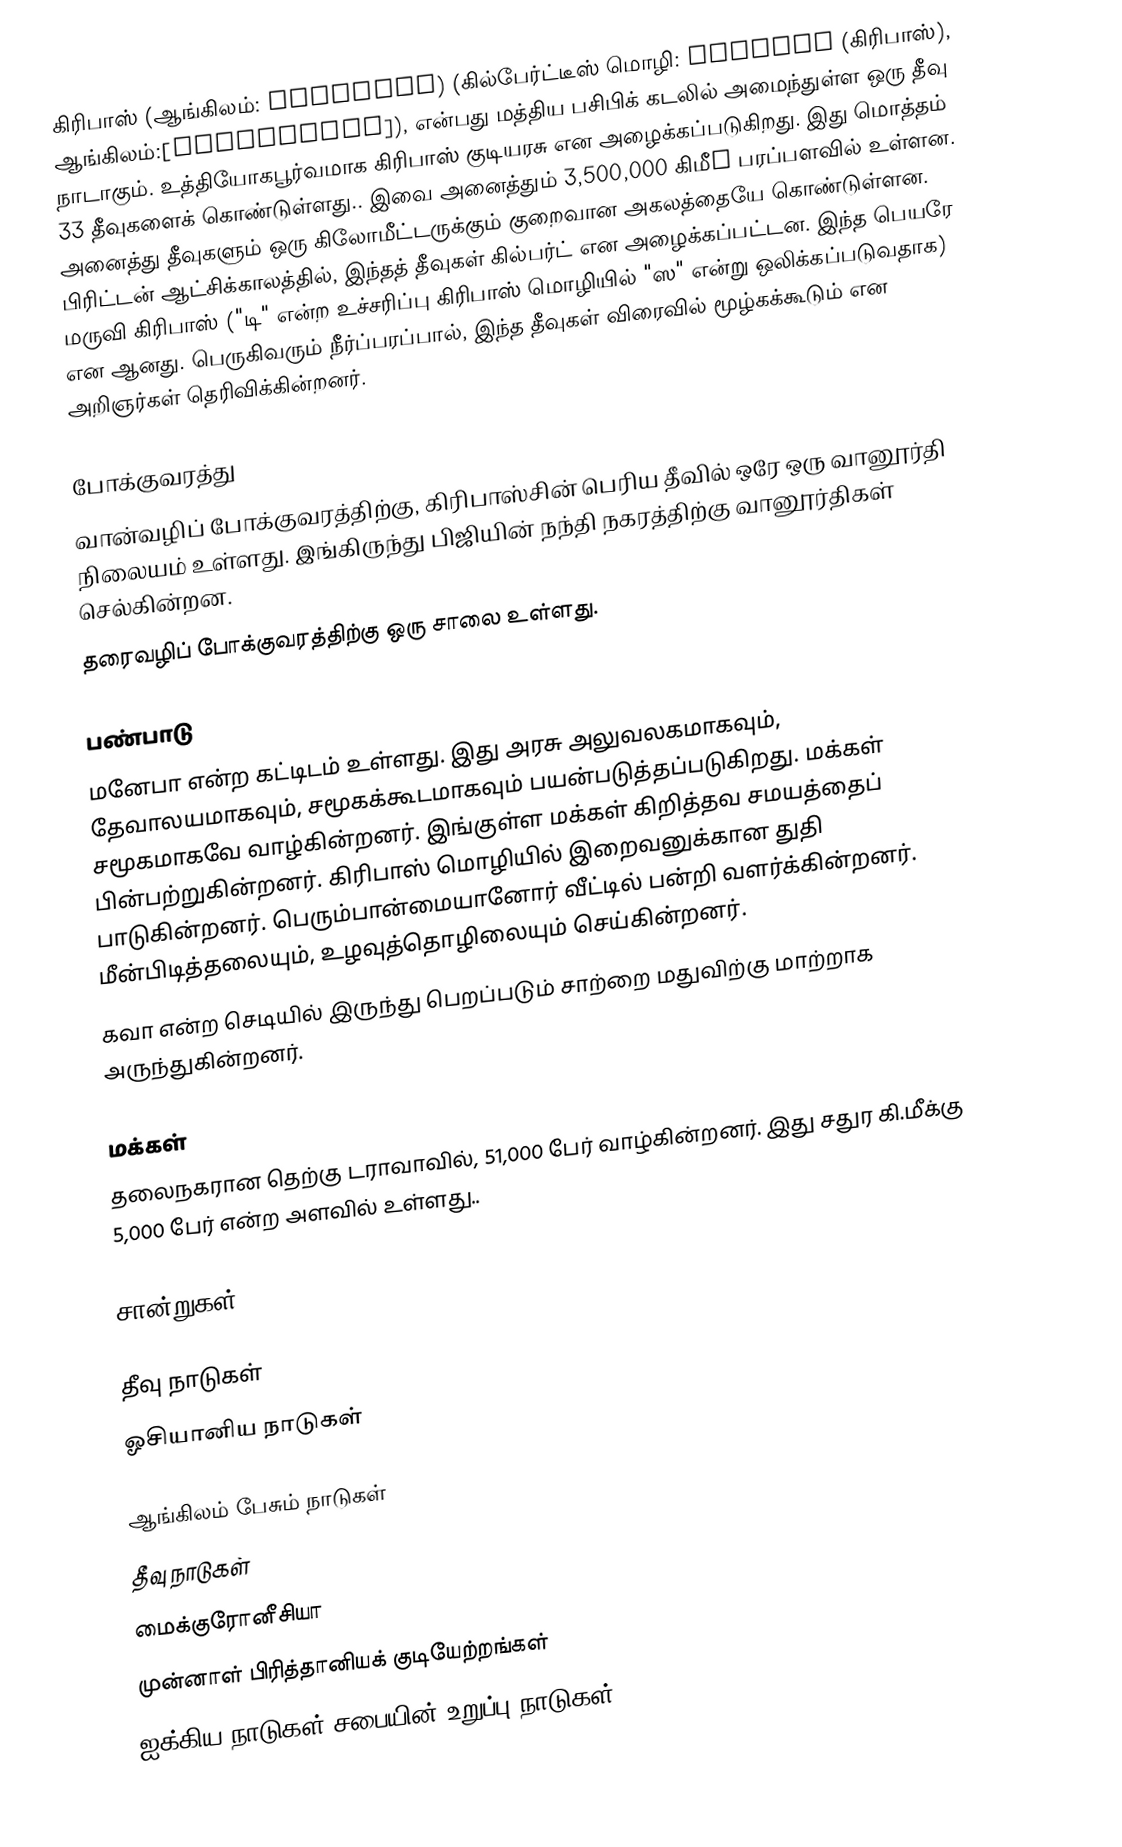
கிரிபாஸ் (ஆங்கிலம்: Kiribati) (கில்பேர்ட்டீஸ் மொழி: kiribas (கிரிபாஸ்), ஆங்கிலம்:[ˌkɪrəˈbɑti]), என்பது மத்திய பசிபிக் கடலில் அமைந்துள்ள ஒரு தீவு நாடாகும். உத்தியோகபூர்வமாக கிரிபாஸ் குடியரசு என அழைக்கப்படுகிறது. இது மொத்தம் 33 தீவுகளைக் கொண்டுள்ளது.. இவை அனைத்தும் 3,500,000 கிமீ² பரப்பளவில் உள்ளன. அனைத்து தீவுகளும் ஒரு கிலோமீட்டருக்கும் குறைவான அகலத்தையே கொண்டுள்ளன. பிரிட்டன் ஆட்சிக்காலத்தில், இந்தத் தீவுகள் கில்பர்ட் என அழைக்கப்பட்டன. இந்த பெயரே மருவி கிரிபாஸ் ("டி" என்ற உச்சரிப்பு கிரிபாஸ் மொழியில் "ஸ" என்று ஒலிக்கப்படுவதாக) என ஆனது. பெருகிவரும் நீர்ப்பரப்பால், இந்த தீவுகள் விரைவில் மூழ்கக்கூடும் என அறிஞர்கள் தெரிவிக்கின்றனர்.

போக்குவரத்து
வான்வழிப் போக்குவரத்திற்கு, கிரிபாஸ்சின் பெரிய தீவில் ஒரே ஒரு வானூர்தி நிலையம் உள்ளது. இங்கிருந்து பிஜியின் நந்தி நகரத்திற்கு வானூர்திகள் செல்கின்றன.
தரைவழிப் போக்குவரத்திற்கு ஒரு சாலை உள்ளது.

பண்பாடு
மனேபா என்ற கட்டிடம் உள்ளது. இது அரசு அலுவலகமாகவும், தேவாலயமாகவும், சமூகக்கூடமாகவும் பயன்படுத்தப்படுகிறது. மக்கள் சமூகமாகவே வாழ்கின்றனர். இங்குள்ள மக்கள் கிறித்தவ சமயத்தைப் பின்பற்றுகின்றனர். கிரிபாஸ் மொழியில் இறைவனுக்கான துதி பாடுகின்றனர். பெரும்பான்மையானோர் வீட்டில் பன்றி வளர்க்கின்றனர். மீன்பிடித்தலையும், உழவுத்தொழிலையும் செய்கின்றனர்.
கவா என்ற செடியில் இருந்து பெறப்படும் சாற்றை மதுவிற்கு மாற்றாக அருந்துகின்றனர்.

மக்கள்
தலைநகரான தெற்கு டராவாவில், 51,000 பேர் வாழ்கின்றனர். இது சதுர கி.மீக்கு 5,000 பேர் என்ற அளவில் உள்ளது..

சான்றுகள்

தீவு நாடுகள்
ஓசியானிய நாடுகள்

ஆங்கிலம் பேசும் நாடுகள்
தீவு நாடுகள்
மைக்குரோனீசியா
முன்னாள் பிரித்தானியக் குடியேற்றங்கள்
ஐக்கிய நாடுகள் சபையின் உறுப்பு நாடுகள்